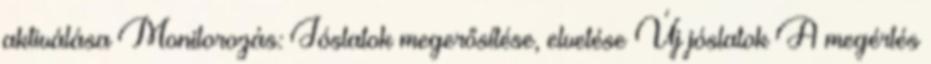
aktiválása Monitorozás: Jóslatok megerősítése, elvetése Új jóslatok A megértés